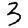
Digit: 3